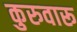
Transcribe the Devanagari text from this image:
कुरुवारू